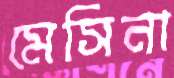
মেসিনা